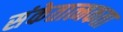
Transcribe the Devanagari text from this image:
संकेतात्मकता